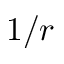
1 / r